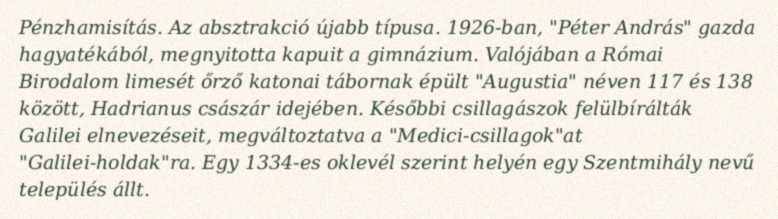
Pénzhamisítás. Az absztrakció újabb típusa. 1926-ban, "Péter András" gazda hagyatékából, megnyitotta kapuit a gimnázium. Valójában a Római Birodalom limesét őrző katonai tábornak épült "Augustia" néven 117 és 138 között, Hadrianus császár idejében. Későbbi csillagászok felülbírálták Galilei elnevezéseit, megváltoztatva a "Medici-csillagok"at "Galilei-holdak"ra. Egy 1334-es oklevél szerint helyén egy Szentmihály nevű település állt.